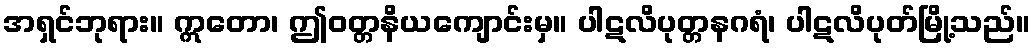
အရှင်ဘုရား။ ဣတော၊ ဤဝတ္တနိယကျောင်းမှ။ ပါဋလိပုတ္တနဂရံ၊ ပါဋလိပုတ်မြို့သည်။